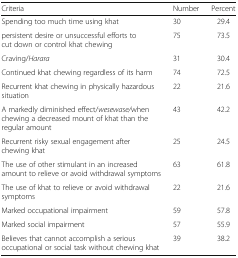
<table><thead><tr><td><b>Criteria</b></td><td><b>Number</b></td><td><b>Percent</b></td></tr></thead><tbody><tr><td>Spending too much time using khat</td><td>30</td><td>29.4</td></tr><tr><td>persistent desire or unsuccessful efforts to cut down or control khat chewing</td><td>75</td><td>73.5</td></tr><tr><td>Craving/<i>Harara</i></td><td>31</td><td>30.4</td></tr><tr><td>Continued khat chewing regardless of its harm</td><td>74</td><td>72.5</td></tr><tr><td>Recurrent khat chewing in physically hazardous situation</td><td>22</td><td>21.6</td></tr><tr><td>A markedly diminished effect/<i>wesewase/</i>when chewing a decreased mount of khat than the regular amount</td><td>43</td><td>42.2</td></tr><tr><td>Recurrent risky sexual engagement after chewing khat</td><td>25</td><td>24.5</td></tr><tr><td>The use of other stimulant in an increased amount to relieve or avoid withdrawal symptoms</td><td>63</td><td>61.8</td></tr><tr><td>The use of khat to relieve or avoid withdrawal symptoms</td><td>22</td><td>21.6</td></tr><tr><td>Marked occupational impairment</td><td>59</td><td>57.8</td></tr><tr><td>Marked social impairment</td><td>57</td><td>55.9</td></tr><tr><td>Believes that cannot accomplish a serious occupational or social task without chewing khat</td><td>39</td><td>38.2</td></tr></tbody></table>